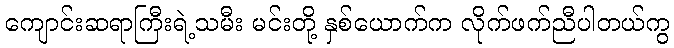
ကျောင်းဆရာကြီးရဲ့သမီး မင်းတို့ နှစ်ယောက်က လိုက်ဖက်ညီပါတယ်ကွ